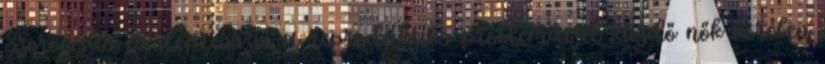
Szorongás és depresszió a reprodukciós problémával küzdő nők körében